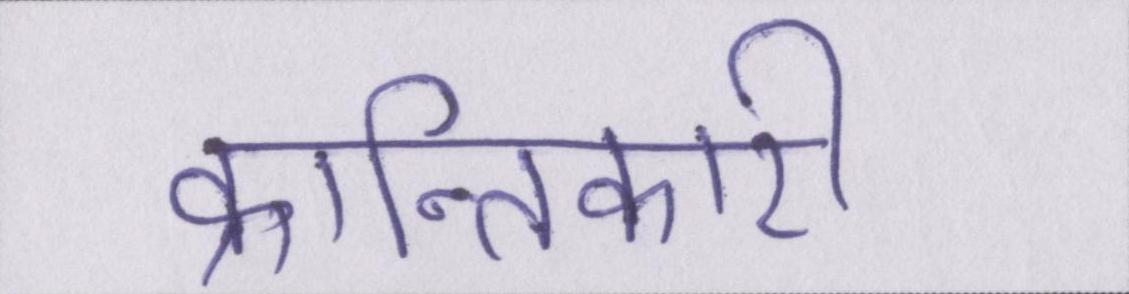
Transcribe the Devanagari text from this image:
क्रान्तिकारी